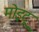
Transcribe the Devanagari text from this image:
मोइटू